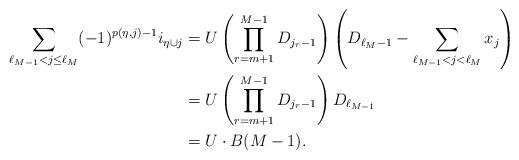
LaTeX: \begin{align*}\sum_{\ell_{M-1}<j \leq \ell_M} (-1)^{p(\eta,j)-1} i_{\eta \cup j}&= U\left(\prod_{r=m+1}^{M-1}{D_{j_{r}-1}}\right)\left(D_{\ell_M-1}-\sum_{\ell_{M-1}<j<\ell_M}{x_{j}}\right) \\&= U\left(\prod_{r=m+1}^{M-1}{D_{j_{r}-1}}\right)D_{\ell_{M-1}} \\&= U\cdot B(M-1). \end{align*}